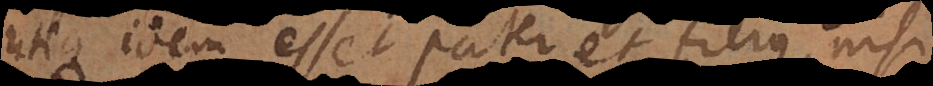
utique idem esset pater et filius, nisi